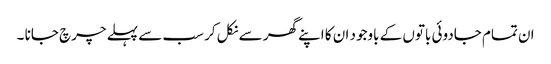
ان تمام جادوئی باتوں کے باوجود ان کا اپنے گھر سے نکل کر سب سے پہلے چرچ جانا ۔